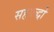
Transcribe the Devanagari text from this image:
सहबद्धों